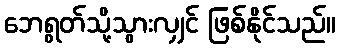
ဘေရွတ်သို့သွားလျှင် ဖြစ်နိုင်သည်။